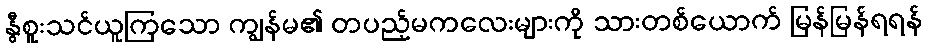
နွီစူးသင်ယူကြသော ကျွန်မ၏ တပည့်မကလေးများကို သားတစ်ယောက် မြန်မြန်ရရန်